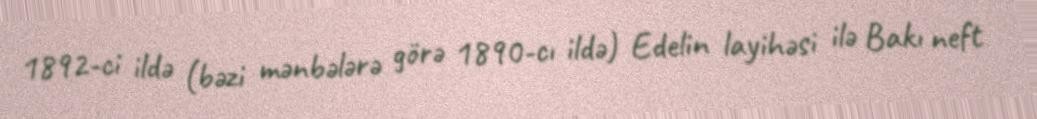
1892-ci ildə (bəzi mənbələrə görə 1890-cı ildə) Edelin layihəsi ilə Bakı neft